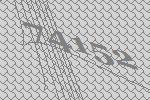
74152